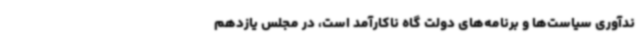
ندآوری سیاست‌ها و برنامه‌های دولت گاه ناکارآمد است، در مجلس یازدهم